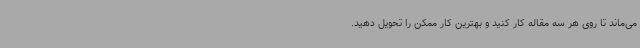
می‌ماند تا روی هر سه مقاله کار کنید و بهترین کار ممکن را تحویل دهید.